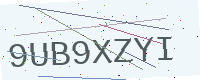
Text: 9UB9XZYI